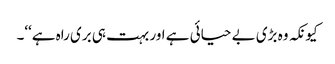
کیونکہ وہ بڑی بے حیائی ہے اور بہت ہی بری راہ ہے‘‘۔